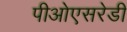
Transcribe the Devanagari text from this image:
पीओएसरेडी